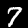
Label: 7